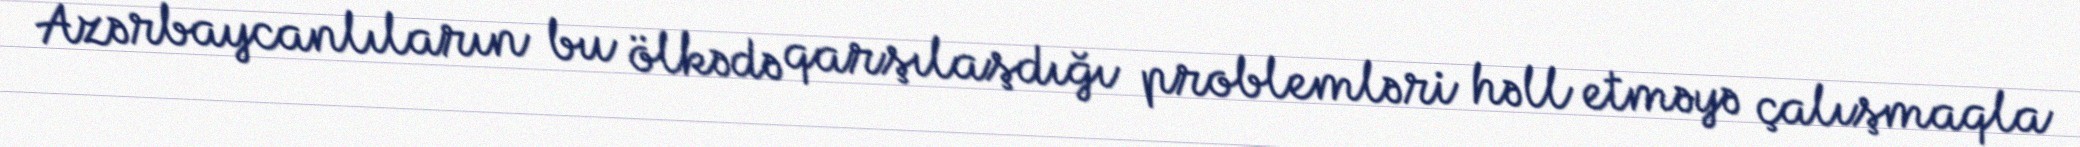
Azərbaycanlıların bu ölkədə qarşılaşdığı problemləri həll etməyə çalışmaqla